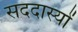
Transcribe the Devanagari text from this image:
सददास्यों